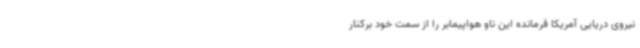
نیروی دریایی آمریکا فرمانده این ناو هواپیمابر را از سمت خود برکنار